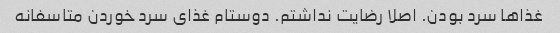
غذاها سرد بودن. اصلا رضایت نداشتم. دوستام غذای سرد خوردن متاسفانه